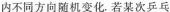
内不同方向随机变化。若某次乒乓